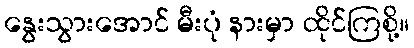
နွေးသွားအောင် မီးပုံ နားမှာ ထိုင်ကြစို့။